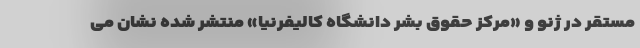
مستقر در ژنو و «مرکز حقوق بشر دانشگاه کالیفرنیا» منتشر شده نشان می